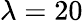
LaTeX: \lambda=20